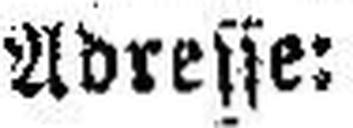
Adresse: